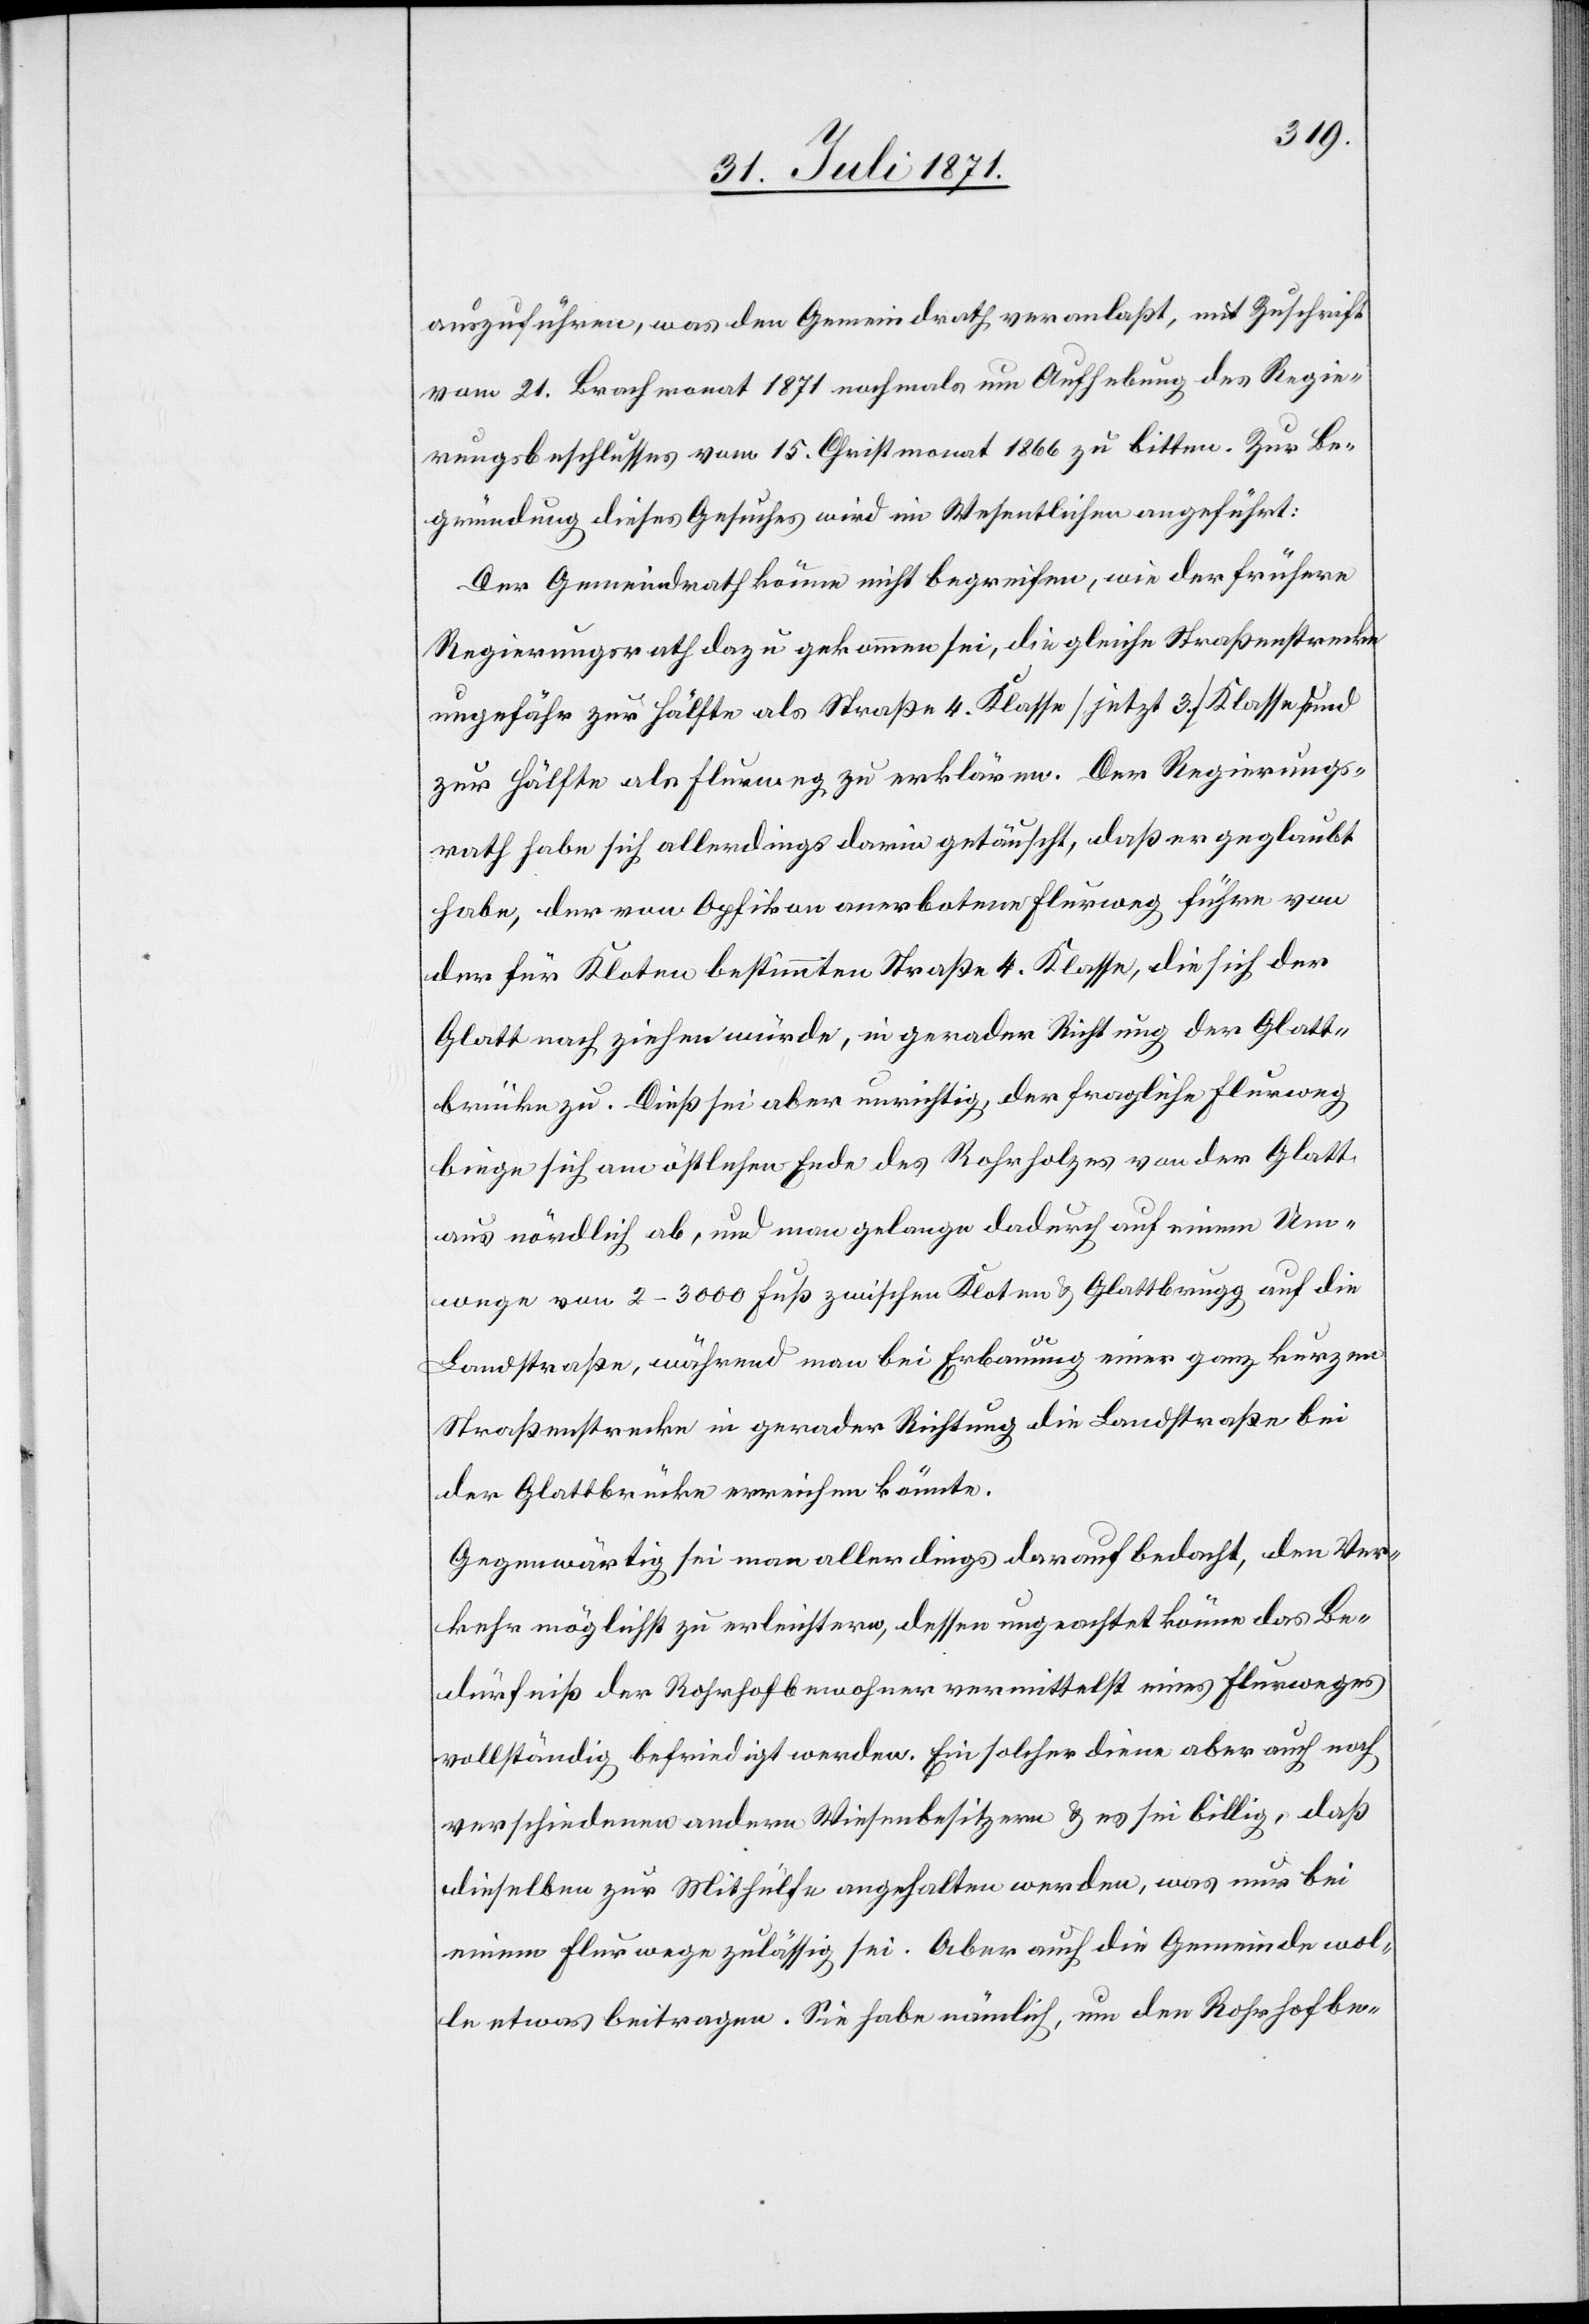
auszuführen, was den Gemeindrath veranlaßt, mit Zuschrift
vom 21. Brachmonat 1871 nochmals um Aufhebung des Regie¬
rungsbeschlusses vom 15. Christmonat 1866 zu bitten. Zur Be¬
gründung dieses Gesuches wird im Wesentlichen angeführt:
Der Gemeindrath könne nicht begreifen, wie der frühere
Regierungsrath dazu gekommen sei, die gleiche Straßenstrecke
ungefähr zur Hälfte als Straße 4. Klasse [jetzt 3.] Klasse]
zur Hälfte als Flurweg zu erklären. Der Regierungs¬
rath habe sich allerdings darin getäuscht, daß er geglaubt
habe, der von Opfikon anerbotene Flurweg führe von
der für Kloten bestimmten Straße 4. Klasse, die sich der
Glatt nach ziehen würde, in gerader Richtung der Glatt¬
brücke zu. Dieß sei aber unrichtig, der fragliche Flurweg
biege sich am östlichen Ende des Rohrholzes von der Glatt
aus nördlich ab, und man gelange dadurch auf einem Um¬
wege von 2–3000 Fuß zwischen Kloten u. Glattbrugg auf die
Landstraße, während man bei Erbauung einer ganz kurzen
Straßenstrecke in gerader Richtung die Landstraße bei
der Glattbrücke erreichen könnte.
Gegenwärtig sie man allerdings darauf bedacht, den Ver¬
kehr möglichst zu erleichtern, dessen ungeachtet könne das Be¬
dürfniß der Rohrhofbewohner vermittelst eines Flurweges
vollständig befriedigt werden. Ein solcher diene aber auch noch
verschiedenen andern Wiesenbesitzern u. es sei billig, daß
dieselben zur Mithülfe angehalten werden, was nur bei
einem Flurwege zulässig sei. Aber auch die Gemeinde wol¬
le etwas beitragen. Sie habe nämlich, um den Rohrhofbe-